Plague in India, 1896, 1897 - Volume 1
Year: 1896
Disease focus: Plague
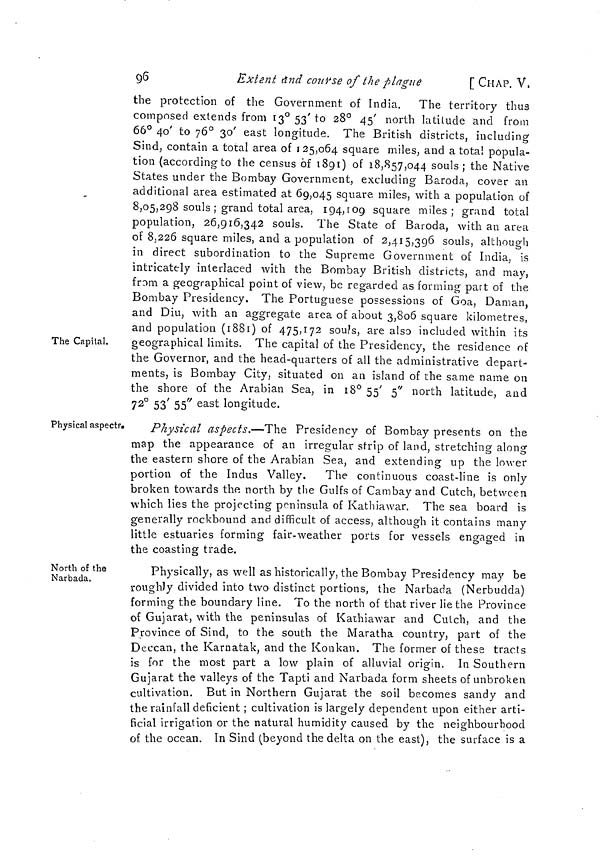
96
Extent and course of the plague
[ CHAP. V.
The Capital.
the protection of the Government of India. The territory thus
composed extends from 13° 53' to 28° 45' north latitude and from
66° 40' to 76° 30' east longitude. The British districts, including
Sind, contain a total area of 125,064 square miles, and a total popula-
tion (according to the census 6f 1891) of 18,857,044 souls ; the Native
States under the Bombay Government, excluding Baroda, cover an
additional area estimated at 69,045 square miles, with a population of
8,05,298 souls ; grand total area, 194, 109 square miles ; grand total
population, 26,916,342 souls. The State of Baroda, with an area
of 8,226 square miles, and a population of 2,415,396 souls, although
in direct subordination to the Supreme Government of India, is
intricately interlaced with the Bombay British districts, and may,
from a geographical point of view, be regarded as forming part of the
Bombay Presidency. The Portuguese possessions of Goa, Daman,
and Diu, with an aggregate area of about 3,806 square kilometres,
and population (1881) of 475,172 souls, are also included within its
geographical limits. The capital of the Presidency, the residence of
the Governor, and the head-quarters of all the administrative depart-
ments, is Bombay City, situated on an island of the same name on
the shore of the Arabian Sea, in 18° 55' 5" north latitude, and
72° 53' 55" east longitude.
Physical aspects.
Physical aspects.—The Presidency of Bombay presents on the
map the appearance of an irregular strip of land, stretching along
the eastern shore of the Arabian Sea, and extending up the lower
portion of the Indus Valley. The continuous coast-line is only
broken towards the north by the Gulfs of Cambay and Cutch, between
which lies the projecting peninsula of Kathiawar. The sea board is
generally rockbound and difficult of access, although it contains many
little estuaries forming fair-weather ports for vessels engaged in
the coasting trade.
North of the
Narbada.
Physically, as well as historically, the Bombay Presidency may be
roughly divided into two distinct portions, the Narbada (Nerbudda)
forming the boundary line. To the north of that river lie the Province
of Gujarat, with the peninsulas of Kathiawar and Cutch, and the
Province of Sind, to the south the Maratha country, part of the
Deccan, the Karnatak, and the Konkan. The former of these tracts
is for the most part a low plain of alluvial origin. In Southern
Gujarat the valleys of the Tapti and Narbada form sheets of unbroken
cultivation. But in Northern Gujarat the soil becomes sandy and
the rainfall deficient ; cultivation is largely dependent upon either arti-
ficial irrigation or the natural humidity caused by the neighbourhood
of the ocean. In Sind (beyond the delta on the east), the surface is a